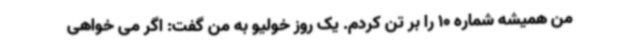
من همیشه شماره 10 را بر تن کردم. یک روز خولیو به من گفت: اگر می خواهی